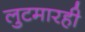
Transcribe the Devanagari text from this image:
लुटमारही